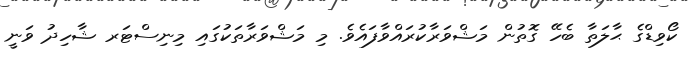
ކޯވިޑްގެ ޙާލަތާ ބެހޭ ގޮތުން މަޝްވަރާކުރައްވާފައެވެ. މި މަޝްވަރާތަކުގައި މިނިސްޓަރ ޝާހިދު ވަނީ